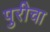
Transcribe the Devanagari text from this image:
पुरीचा